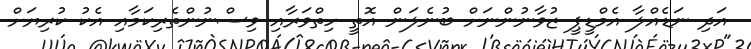
އަދި ނަޑެއްލާ އެމްޑީޕީ ޒުވާނުންނަށް ބުނެލަން އޮތީ ހިތްވަރާއި ވިސްނުންތެރިކަމާއި އެކު ކުރިޔަށް